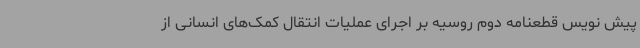
پیش نویس قطعنامه دوم روسیه بر اجرای عملیات انتقال کمک‌های انسانی از